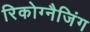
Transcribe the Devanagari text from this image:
रिकोग्नैजिंग